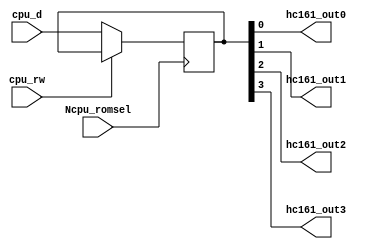
module hc161_like ( //       UNROM:
		//,   CPU      PRG ROM.
		//  -       ,  .
 //This module only a part of an UNROM mapper. Register keeps a PRG ROM bank number.
 //The second part is 4 x OR chip. It's implemented graphically.
							input  wire [3:0] cpu_d
							, input  wire cpu_rw
							, input  wire Ncpu_romsel
							, output wire hc161_out0
							, output wire hc161_out1
							, output wire hc161_out2
							, output wire hc161_out3
							);
	reg [3:0] hc161_krn; // ,    -  
			//register for a bank number
	
	assign hc161_out0 = hc161_krn [0:0];
	assign hc161_out1 = hc161_krn [1:1];
	assign hc161_out2 = hc161_krn [2:2];
	assign hc161_out3 = hc161_krn [3:3]; // 
			//register outputs
	
	always @(posedge Ncpu_romsel) //  CPU  
			//Ncpu_romsel is a cartridge selecting signal
	begin
		if (!cpu_rw) //   - CPU  
			//low level - CPU make write to the cartridge
		begin
			hc161_krn <= cpu_d; 
		end
	end
	
endmodule